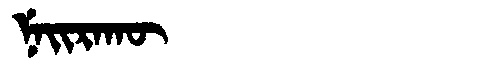
Manchu: ᠨᡝᡳᡵᠠᡴᡡ
Romanization: NEIRAKŪ